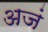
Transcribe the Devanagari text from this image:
अजं